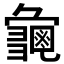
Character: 𮯛